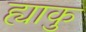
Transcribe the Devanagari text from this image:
ह्याकु